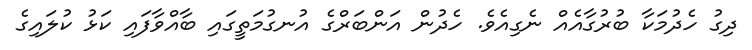
ދިގު ހެދުމަކާ ބުރުގާއެއް ނެގިއެވެ. ހެދުން އަންބަރްގެ އުނގުމަތީގައި ބާއްވާފައި ކަޅު ކުލައިގެ